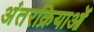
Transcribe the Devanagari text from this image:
अंतरक्रियाओं